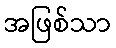
အဖြစ်သာ